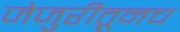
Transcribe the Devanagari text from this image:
जेजुरीतूनच